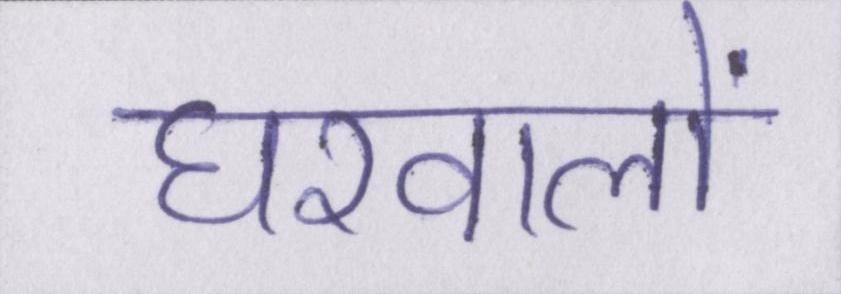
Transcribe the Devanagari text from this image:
घरवालों